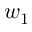
w _ { 1 }